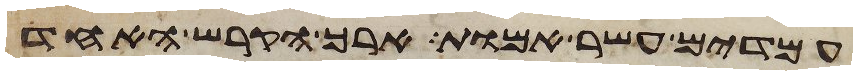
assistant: עמדים עשר אמות ארך הקרש האחד